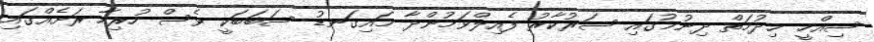
ސިއްހީ ޚިދުމަތް ދިނުމުގައި ސަރުކާރު ފެއިލްވަމުންދާ މައިގަނޑު ސަބަބަކީ ވެސް ހުރިހާ ރަށެއްގައި